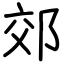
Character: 郊